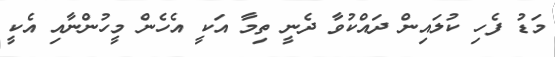
މަޑު ފެހި ކުލައިން ދައްކުވާ ދެނީ ތިމާ އަކީ އެހެން މީހުންނާއި އެކީ